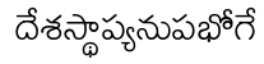
దేశస్థాప్యనుపభోగే